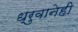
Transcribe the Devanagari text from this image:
ध्रुवानेही